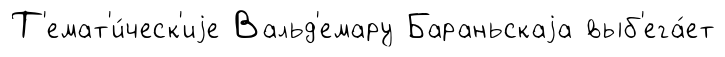
Т'емат'и́ческ'иjе Вальд'емару Бараньскаjа выб'ега́ет